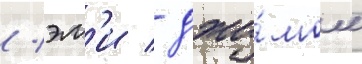
/ эм'и / джи́мом